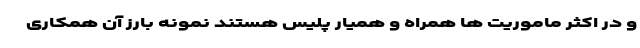
و در اکثر ماموریت ها همراه و همیار پلیس هستند نمونه بارز آن همکاری